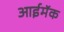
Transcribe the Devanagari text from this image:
आईमॅक